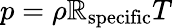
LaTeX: p=\rho\mathbb{R}_{\mathrm{{specific}}}T